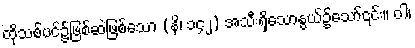
ထိုသစ်ပင်၌ဖြစ်ဆဲဖြစ်သော (နိ၊ ၁၄၂) အသီးရှိသောနွယ်၌သော်၎င်း။ ဝါ၊